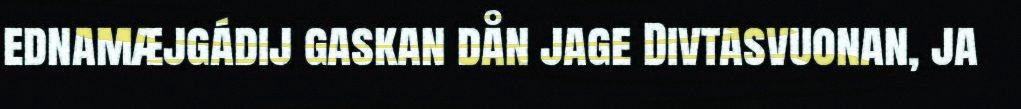
ednamæjgádij gaskan dån jage Divtasvuonan, ja